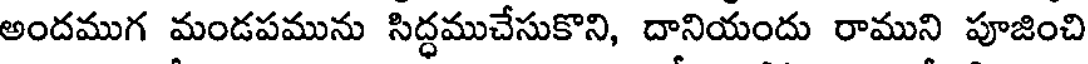
అందముగ మండపమును సిద్ధముచేసుకొని, దానియందు రాముని పూజించి